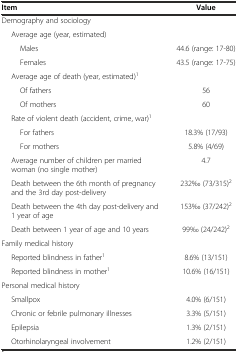
| Item | Value |
 | --- | --- |
 | Demography and sociology |  |
 | Average age (year, estimated) |  |
 | Males | 44.6 (range: 17-80) |
 | Females | 43.5 (range: 17-75) |
 | Average age of death (year, estimated)1 |  |
 | Of fathers | 56 |
 | Of mothers | 60 |
 | Rate of violent death (accident, crime, war)1 |  |
 | For fathers | 18.3% (17/93) |
 | For mothers | 5.8% (4/69) |
 | Average number of children per married woman (no single mother) | 4.7 |
 | Death between the 6th month of pregnancy and the 3rd day post-delivery | 232‰ (73/315)2 |
 | Death between the 4th day post-delivery and 1 year of age | 153‰ (37/242)2 |
 | Death between 1 year of age and 10 years | 99‰ (24/242)2 |
 | Family medical history |  |
 | Reported blindness in father1 | 8.6% (13/151) |
 | Reported blindness in mother1 | 10.6% (16/151) |
 | Personal medical history |  |
 | Smallpox | 4.0% (6/151) |
 | Chronic or febrile pulmonary illnesses | 3.3% (5/151) |
 | Epilepsia | 1.3% (2/151) |
 | Otorhinolaryngeal involvement | 1.2% (2/151) |